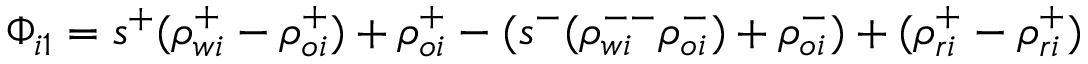
\Phi _ { i 1 } = s ^ { + } ( \rho _ { w i } ^ { + } - \rho _ { o i } ^ { + } ) + \rho _ { o i } ^ { + } - ( s ^ { - } ( \rho _ { w i } ^ { -- } \rho _ { o i } ^ { - } ) + \rho _ { o i } ^ { - } ) + ( \rho _ { r i } ^ { + } - \rho _ { r i } ^ { + } )